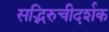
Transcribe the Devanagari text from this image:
सद्भिरुचीदर्शक